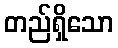
တည်ရှိသော